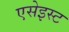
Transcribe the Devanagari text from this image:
एसेइस्ट